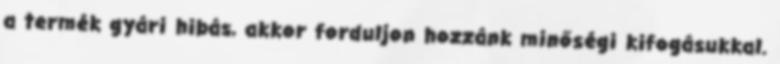
a termék gyári hibás, akkor forduljon hozzánk minőségi kifogásukkal.